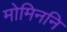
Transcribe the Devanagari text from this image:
मोमिननि